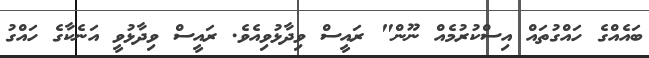
ބައެއްގެ ހައްގުތައް އިސްކުރުމެއް ނޫން" ރައީސް ވިދާޅުވިއެވެ. ރައީސް ވިދާޅުވީ އަނެކާގެ ހައްގު